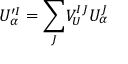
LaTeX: U _ { \alpha } ^ { \prime I } = { \displaystyle \sum _ { J } } V _ { U } ^ { I J } U _ { \alpha } ^ { J }